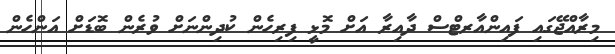
މިރާއްޖޭގައި ފައިންއާރޓްސް ދާއިރާ އަށް މޮޅީ ފިރިހެން ކުދިންނަށް ވުރެން ބޮޑަށް އަންހެން